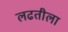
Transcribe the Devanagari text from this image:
लढतीला